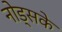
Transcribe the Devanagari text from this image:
नोड्सके